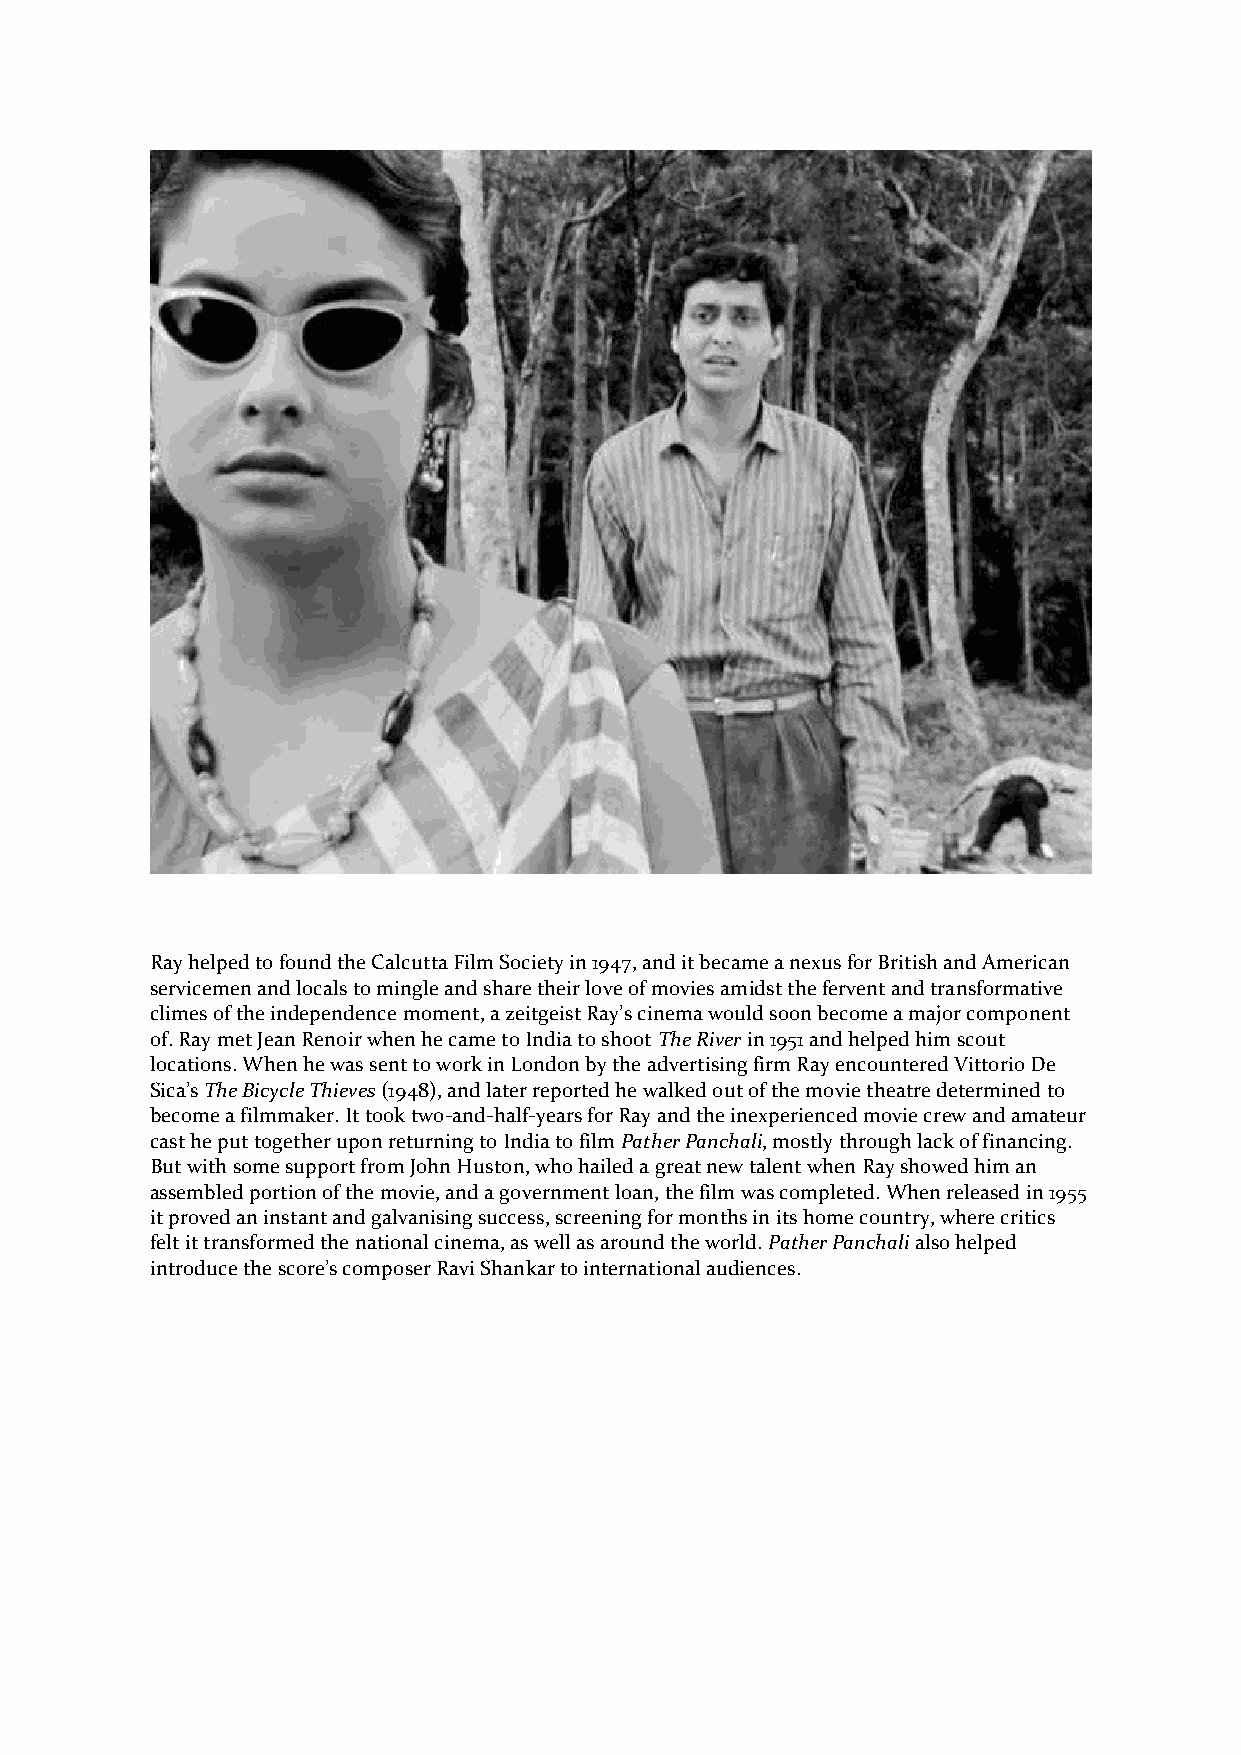
Ray helped to found the Calcutta Film Society in 1947, and it became a nexus for British and American
 servicemen and locals to mingle and share their love of movies amidst the fervent and transformative
 climes of the independence moment, a zeitgeist Ray’s cinema would soon become a major component
 of. Ray met Jean Renoir when he came to India to shoot The River in 1951 and helped him scout
 locations. When he was sent to work in London by the advertising firm Ray encountered Vittorio De
 Sica’s The Bicycle Thieves (1948), and later reported he walked out of the movie theatre determined to
 become a filmmaker. It took two-and-half-years for Ray and the inexperienced movie crew and amateur
 cast he put together upon returning to India to film Pather Panchali, mostly through lack of financing.
 But with some support from John Huston, who hailed a great new talent when Ray showed him an
 assembled portion of the movie, and a government loan, the film was completed. When released in 1955
 it proved an instant and galvanising success, screening for months in its home country, where critics
 felt it transformed the national cinema, as well as around the world. Pather Panchali also helped
 introduce the score’s composer Ravi Shankar to international audiences.